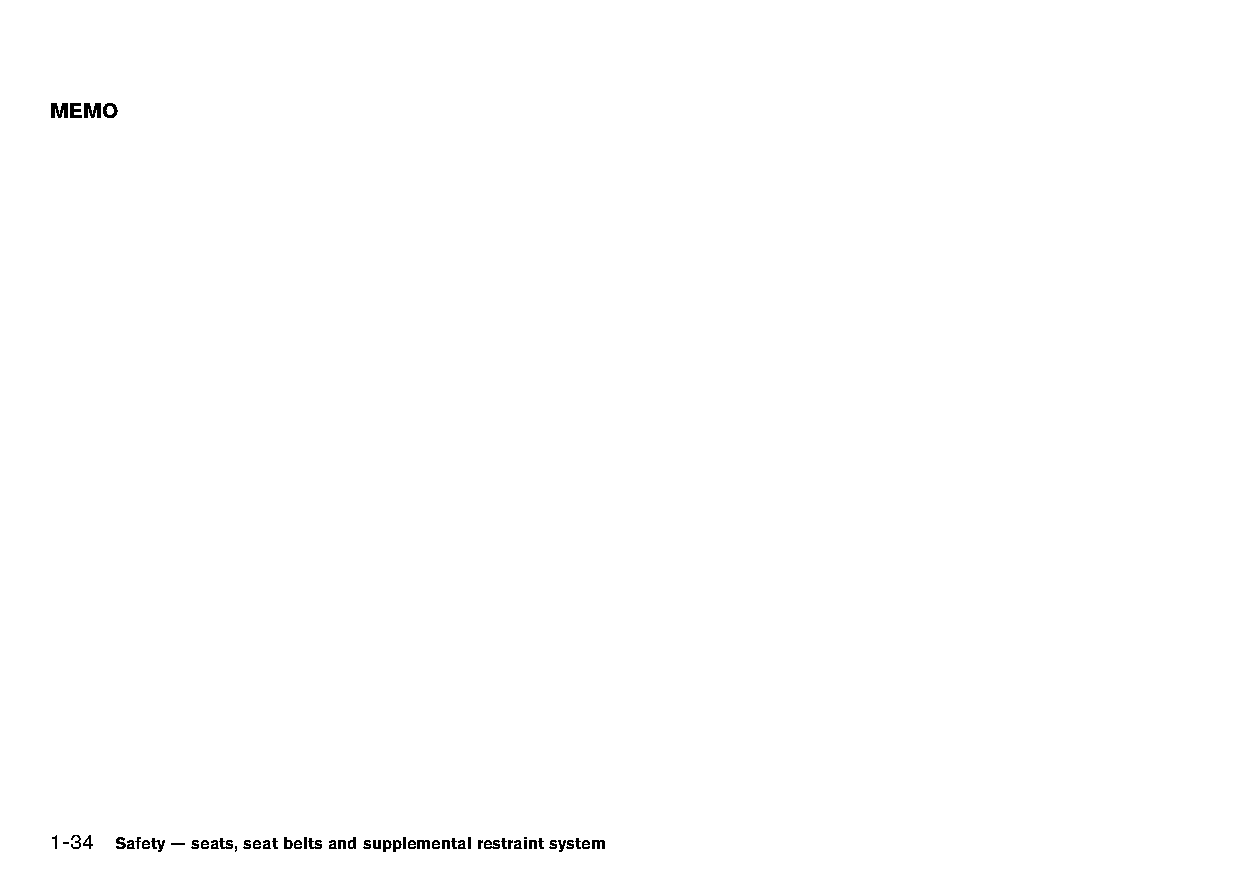
(60,1)
 MEMO
 1-34 Safety—seats,seatbeltsandsupplementalrestraintsystem
 Condition:                        [Edit:2015/8/24 Model: HT32-A]